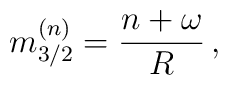
m_{3/2}^{(n)}=\frac{n+\omega}{R}\, ,